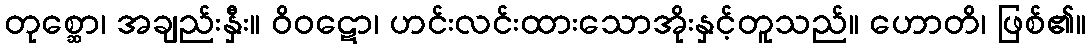
တုစ္ဆော၊ အချည်းနှီး။ ဝိဝဋော၊ ဟင်းလင်းထားသောအိုးနှင့်တူသည်။ ဟောတိ၊ ဖြစ်၏။